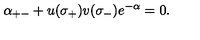
\alpha _ { + - } + u ( \sigma _ { + } ) v ( \sigma _ { - } ) e ^ { - \alpha } = 0 .